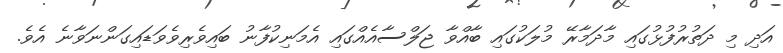
އަދި މި ދަތުރުފުޅުގައި މާދަމާރޭ މުލަކުގައި ބާއްވާ ޖަލްސާއެއްގައި އެމަނިކުފާނު ބައިވެރިވެވަޑައިގަންނަވާނެ އެވެ.